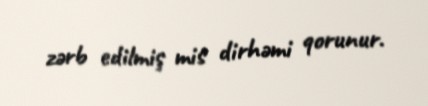
zərb edilmiş mis dirhəmi qorunur.